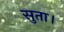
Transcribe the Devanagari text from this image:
सुता।